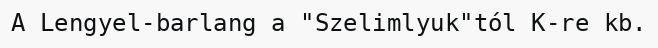
A Lengyel-barlang a "Szelimlyuk"tól K-re kb.